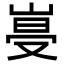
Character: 𡹨